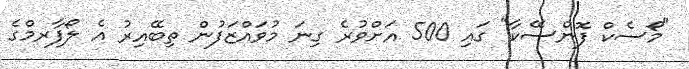
"މޯސެކް ފޮންސޭކާ" ގައި 500 އަށްވުރެ ގިނަ މުވައްޒަފުން ތިބޭއިރު އެ ލޯފާރމްގެ